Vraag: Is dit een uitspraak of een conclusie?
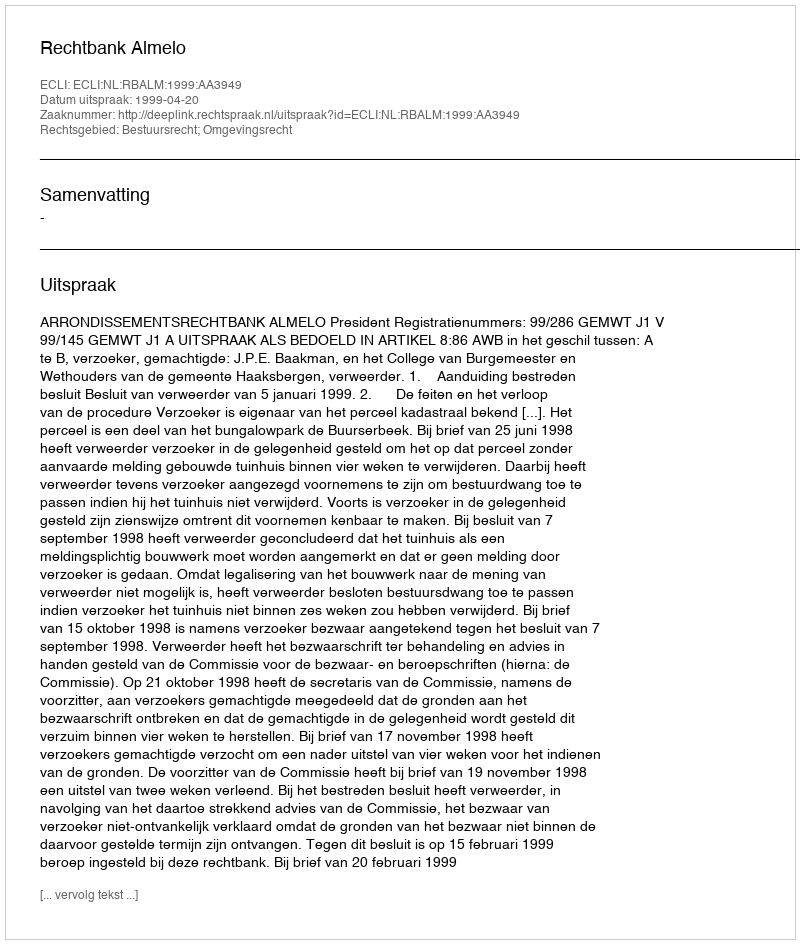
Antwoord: Uitspraak